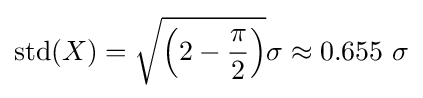
\operatorname {std} (X)={\sqrt {\left(2-{\frac {\pi }{2}}\right)}}\sigma \approx 0.655\ \sigma